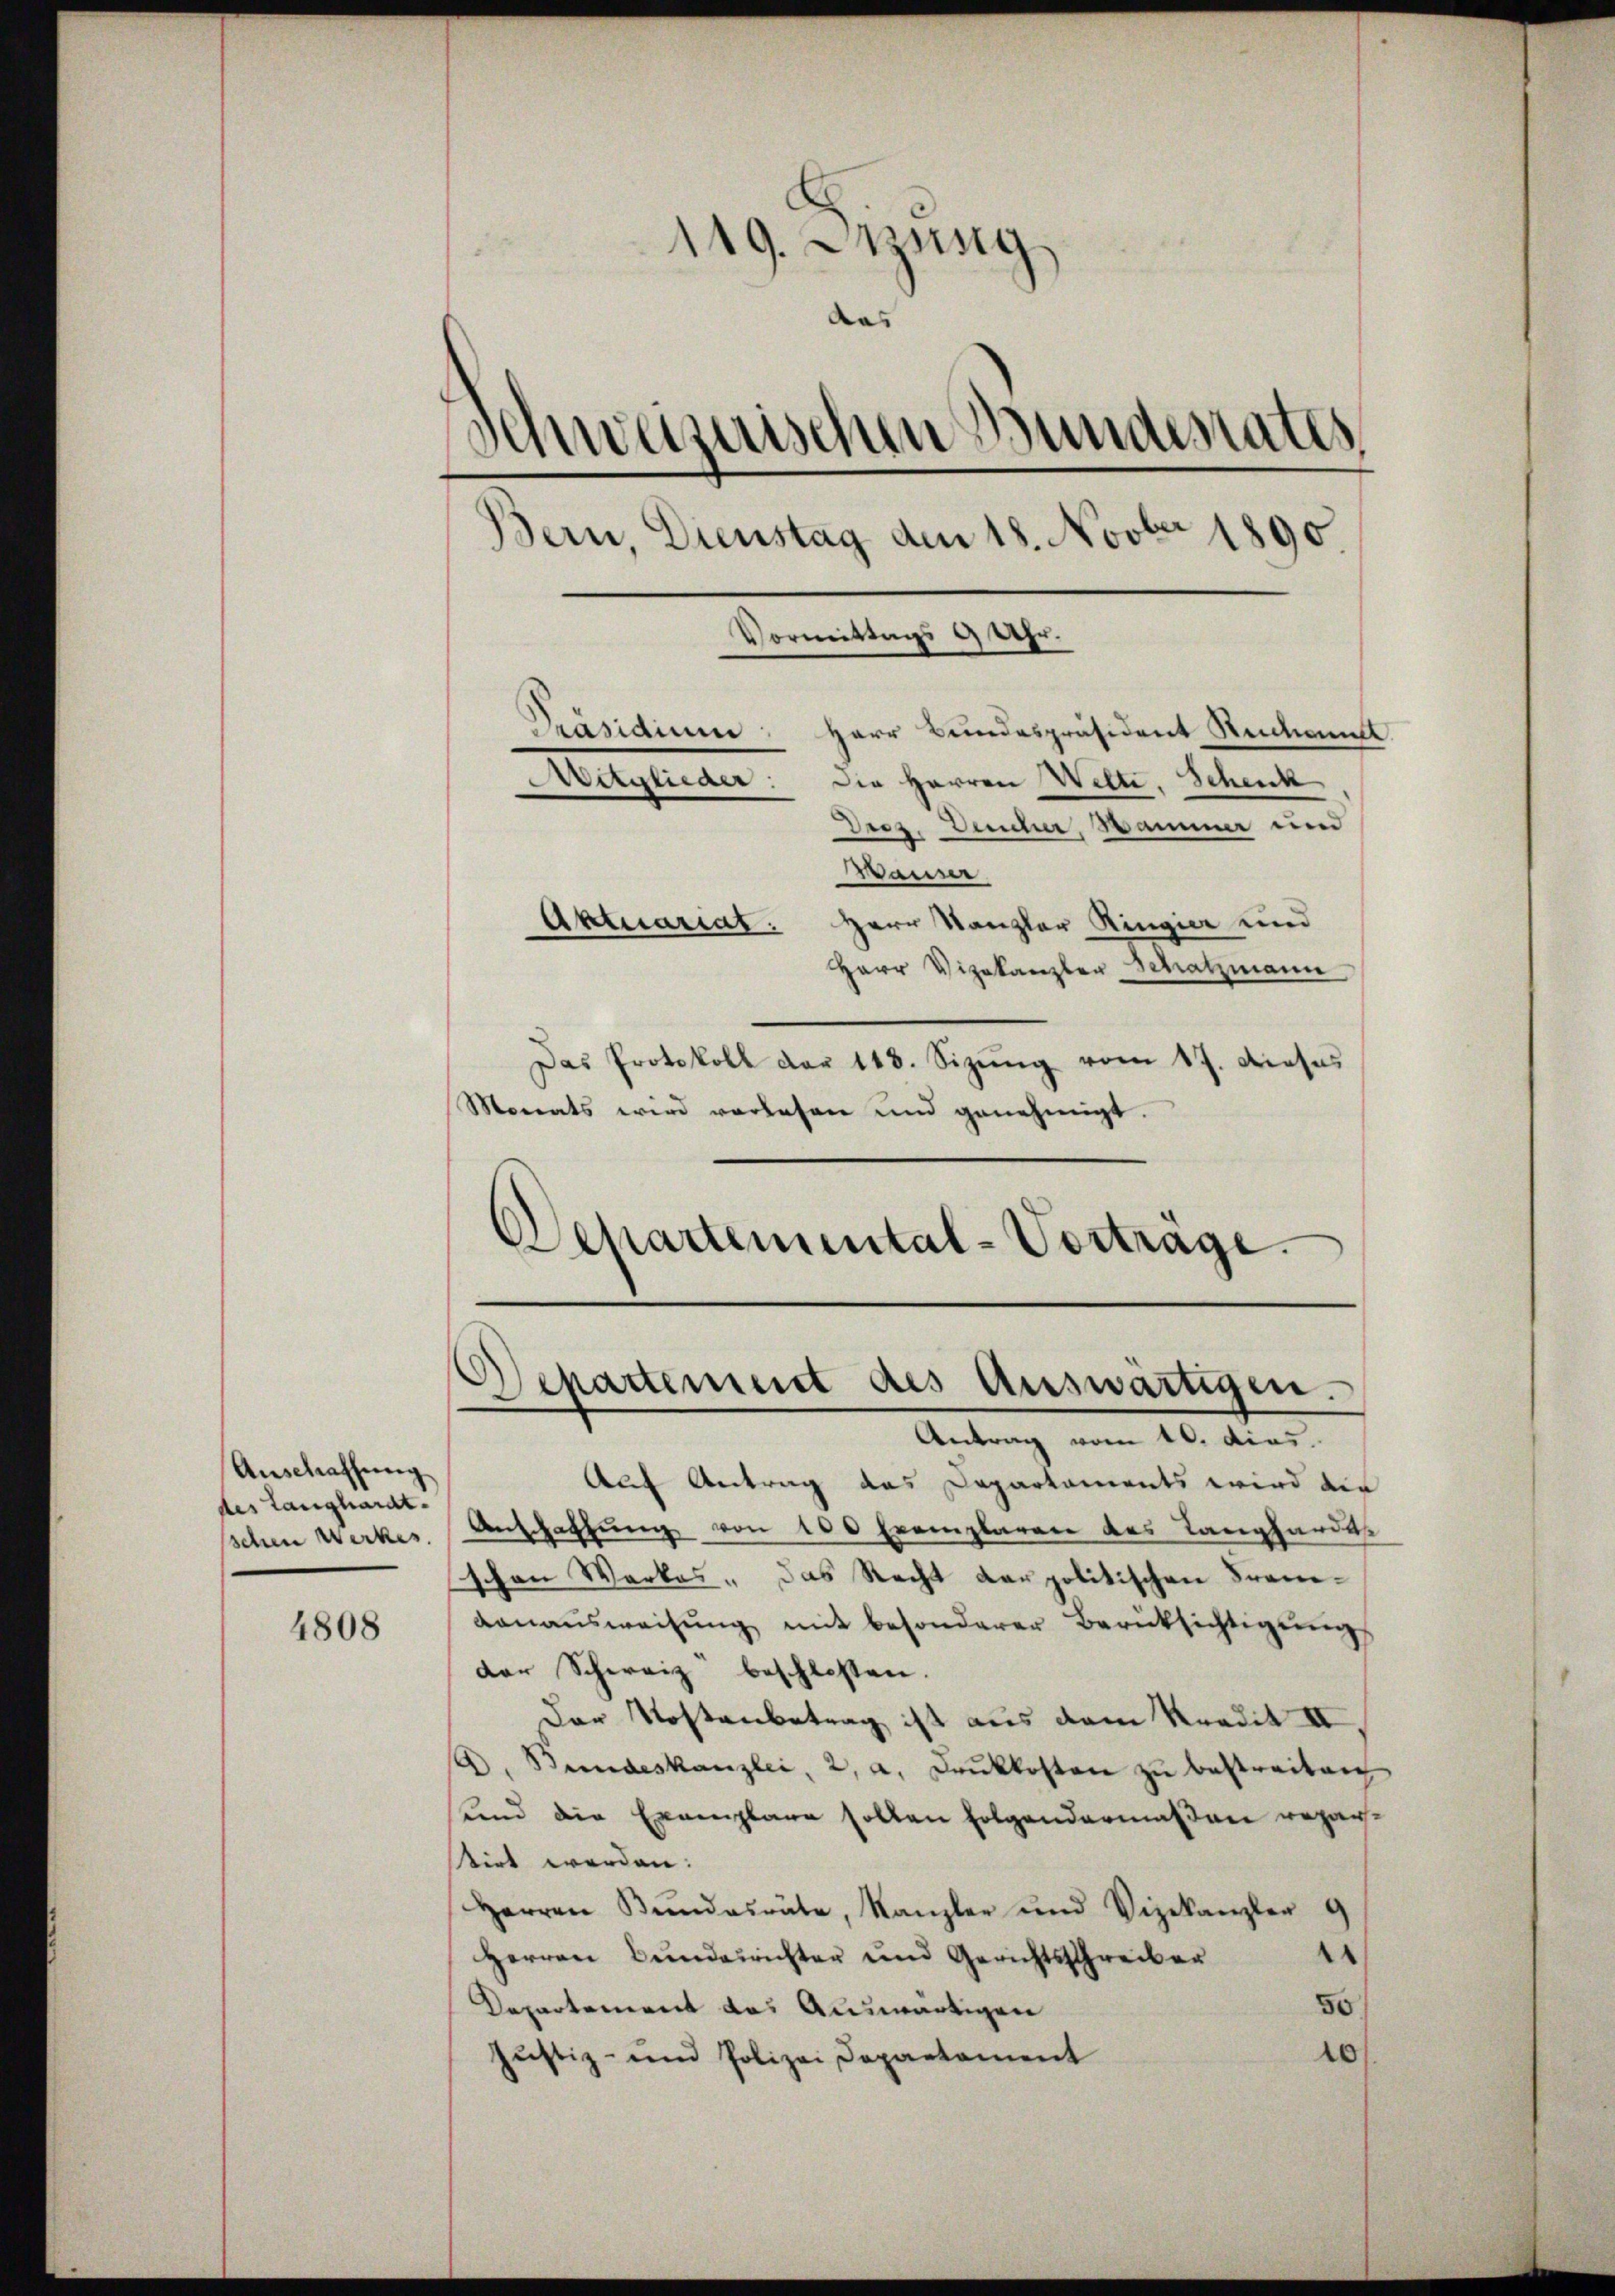
Anschaffŭng
des Langhardt.
schen Werkes.

4808

119. Etzung
aas
Schweizerischen Bundesrates
Bern, Dienstag den 18. Novber 1890.
Vormittags 9 Uhr.
Präsidium: Herr Bundespräsident Rückant
Mitglieder: Die Herren Welte, Schenk
Drez. Deucher, Sammer und
Wauser
Aktuariat: Herr Kanzler Ringier und
Herr Vizekanzler Schatzmann

Das Protokoll der 118. Sizŭng vom 17. Dieses
Monats wird verlesen und genehmigt.
Schartemental-Vorträge.

Auf Antrag das Departaments wird die
Anschaffung von 100 Exemplaren des Langhardt
schen Werkes. Das Recht der politischen Fran¬
Lanaŭsweisŭng mit besonderer Berüksichtigŭng
der Schweiz beschlossen.
Der Kostenbetrag ist aus dem Kredit II
A. Bundeskanzlei, 2, a. Drŭkkosten zŭ bestreiten
bend die Exemplare sollen folgendermaßen Bezautirt werden.
Herren Bŭndesräte, Kanzler und Vizekanzler g
¬
Herren Bundesrichter und Gerichtsschreiber
50
Departement das Auswärtigen
10
Justiz- und Polizei Departement

d
Separtement des Auswärtigen.
Antrag vom 10. dies